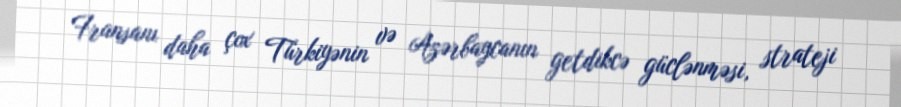
Fransanı daha çox Türkiyənin və Azərbaycanın getdikcə güclənməsi, strateji